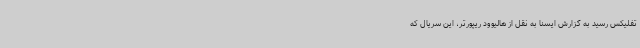
تفلیکس رسید به گزارش ایسنا به نقل از هالیوود ریپورتر، این سریال که